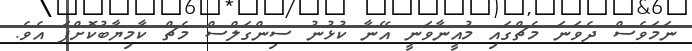
ނަމަވެސް ދެވަނަ މެޗްގައި މުއީނާވަނީ އޭނާ ކުޅުނު ސިންގަލްސް މެޗް ކާމިޔާބުކޮށްފަ އެވެ.